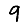
Digit: 9